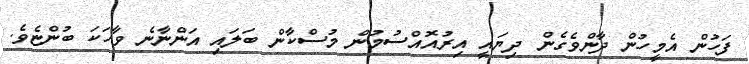
ފަހުން އެމީހުން ދާންވެގެން ދިޔައީ އިރުއޮއްސުމުން މުސްކާން ބަލައި އަންނާނެ ވާހަކަ ބުންޏެވެ.